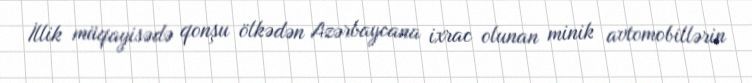
İllik müqayisədə qonşu ölkədən Azərbaycana ixrac olunan minik avtomobillərin